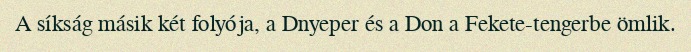
A síkság másik két folyója, a Dnyeper és a Don a Fekete-tengerbe ömlik.